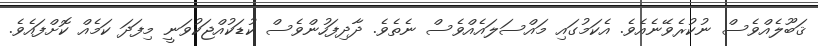
ޤަބޫލެއްވެސް ނުކުރެވޭނެއެވެ. އެކަމުގައި މައްސަލައެއްވެސް ނެތެވެ. ދާދިފަހުންވެސް ކުޑަކުއްޖަކުވަނީ މިފަދަ ކަމެއް ކޮށްފައެވެ.